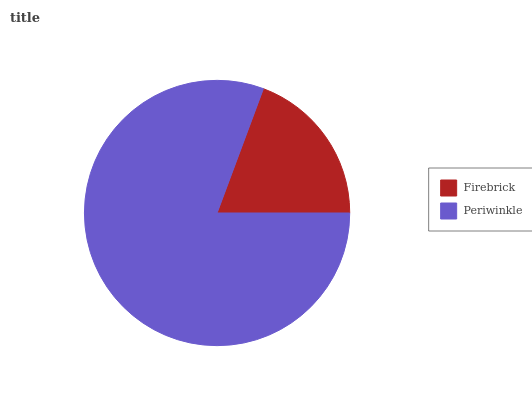
| Firebrick | Periwinkle |
 | --- | --- |
 | 19.3% | 80.7% |